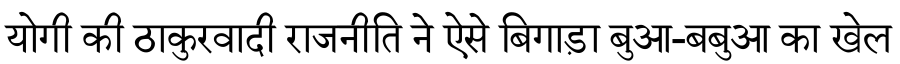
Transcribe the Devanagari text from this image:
योगी की ठाकुरवादी राजनीति ने ऐसे बिगाड़ा बुआ-बबुआ का खेल